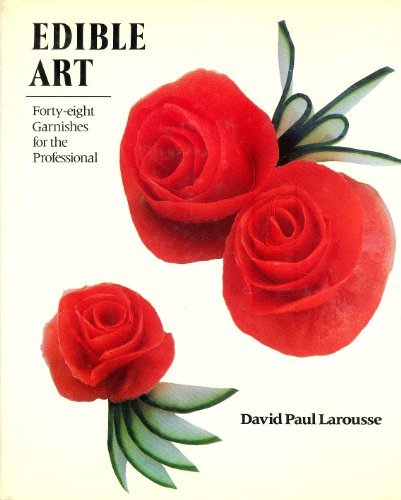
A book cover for Edible Art: Forty-Eight Garnishes for the Professional; David Paul Larousse; Cookbooks, Food & Wine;